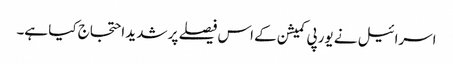
اسرائیل نے یورپی کمیشن کے اس فیصلے پر شدید احتجاج کیا ہے۔